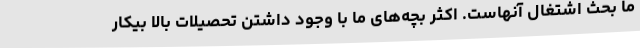
ما بحث اشتغال آنهاست. اکثر بچه‌های ما با وجود داشتن تحصیلات بالا بیکار